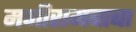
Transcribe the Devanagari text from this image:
मणीरामबाबा